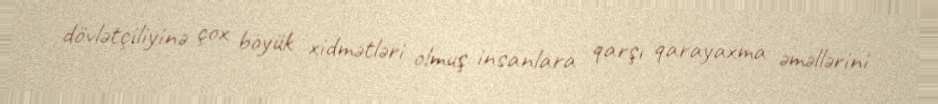
dövlətçiliyinə çox böyük xidmətləri olmuş insanlara qarşı qarayaxma əməllərini